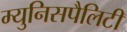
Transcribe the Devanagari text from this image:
म्युनिसपैलिटी